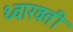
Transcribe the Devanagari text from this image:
थ्वारवती